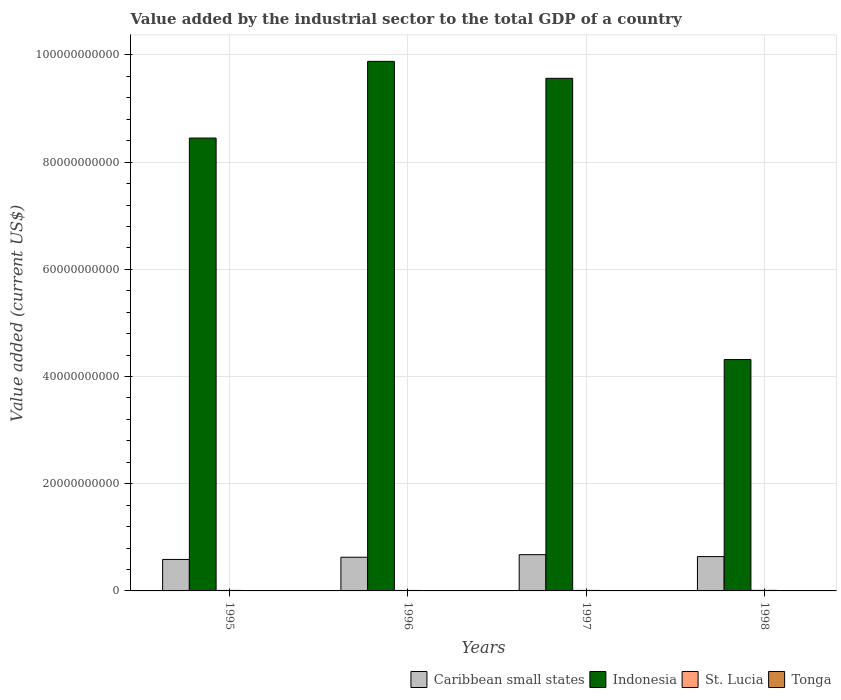
| Years | Caribbean small states | Indonesia | St. Lucia | Tonga |
 | --- | --- | --- | --- | --- |
 | 1995 | 5.87e+09 | 8.45e+10 | 9.26e+07 | 3.95e+07 |
 | 1996 | 6.28e+09 | 9.88e+10 | 9.03e+07 | 4.25e+07 |
 | 1997 | 6.76e+09 | 9.56e+10 | 9.1e+07 | 3.64e+07 |
 | 1998 | 6.41e+09 | 4.32e+10 | 1e+08 | 3.18e+07 |